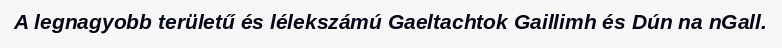
A legnagyobb területű és lélekszámú Gaeltachtok Gaillimh és Dún na nGall.